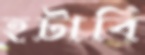
হটাবি